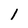
Character: 1